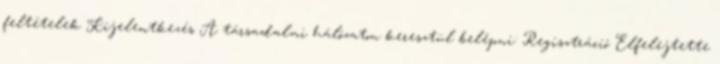
feltételek Kijelentkezés A társadalmi hálózaton keresztül belépni: Regisztráció Elfelejtette